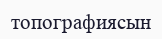
топографиясын